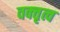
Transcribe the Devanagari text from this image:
वक्‍तृत्व